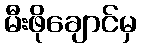
မီးဖိုချောင်မှ